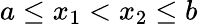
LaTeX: a\leq x_{1}<x_{2}\leq b